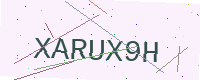
Text: XARUX9H